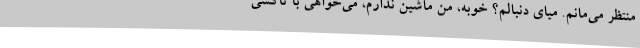
منتظر می‌مانم. میای دنبالم؟ خوبه، من ماشین ندارم، می‌خواهی با تاکسی